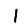
Digit: 1